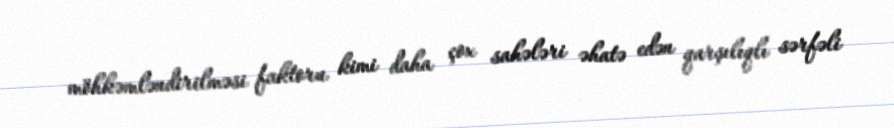
möhkəmləndirilməsi faktoru kimi daha çox sahələri əhatə edən qarşılıqlı sərfəli